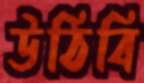
উঠিবি